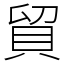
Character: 貿